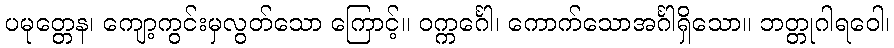
ပမုတ္တေန၊ ကျော့ကွင်းမှလွတ်သော ကြောင့်။ ဝက္ကင်္ဂေါ၊ ကောက်သောအင်္ဂါရှိသော။ ဘတ္တုဂါရဝေါ၊